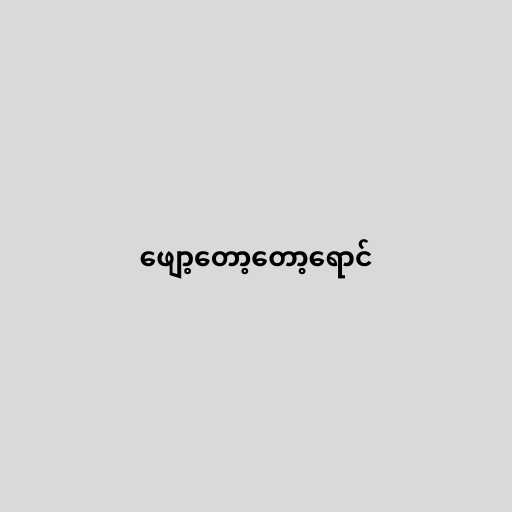
ဖျော့တော့တော့ရောင်